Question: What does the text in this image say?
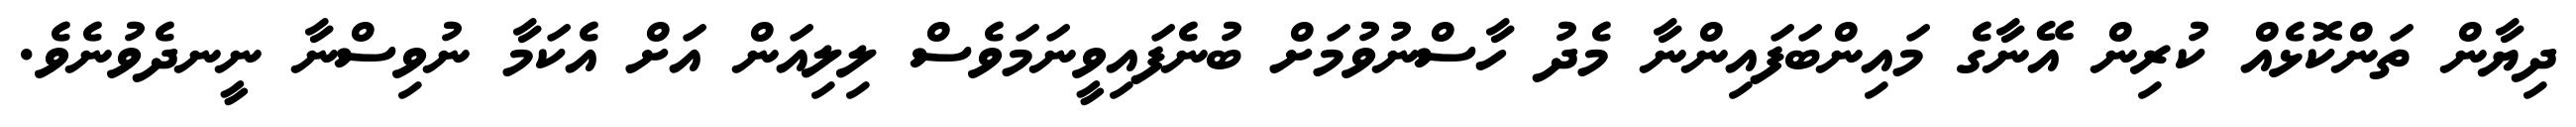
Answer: ދިޔާން ތަންކޮޅެއް ކުރިން އޭނާގެ މައިންބަފައިންނާ މެދު ހާސްނުވުމަށް ބުނެފައިވީނަމަވެސް ލިލިއަން އަށް އެކަމާ ނުވިސްނާ ނީނދެވުނެވެ.